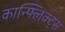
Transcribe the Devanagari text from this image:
कान्फ्लिक्ट्स